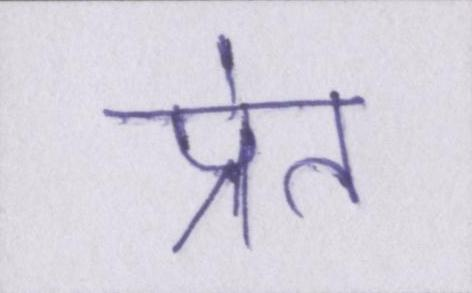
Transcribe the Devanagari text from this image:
प्रेत